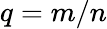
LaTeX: q=m/n